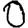
Digit: 0